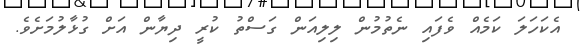
އެކަހަލަ ކަމެއް ވެފައި ނެތުމުން ލިލިއަން ގަސްތު ކުރީ ދިޔާން އަށް ގުޅާލުމަށެވެ.